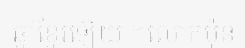
ឆ្នាំខ្មែរឡើយ ។លោកប៉ុន